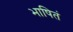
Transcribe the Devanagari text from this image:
भाषितं